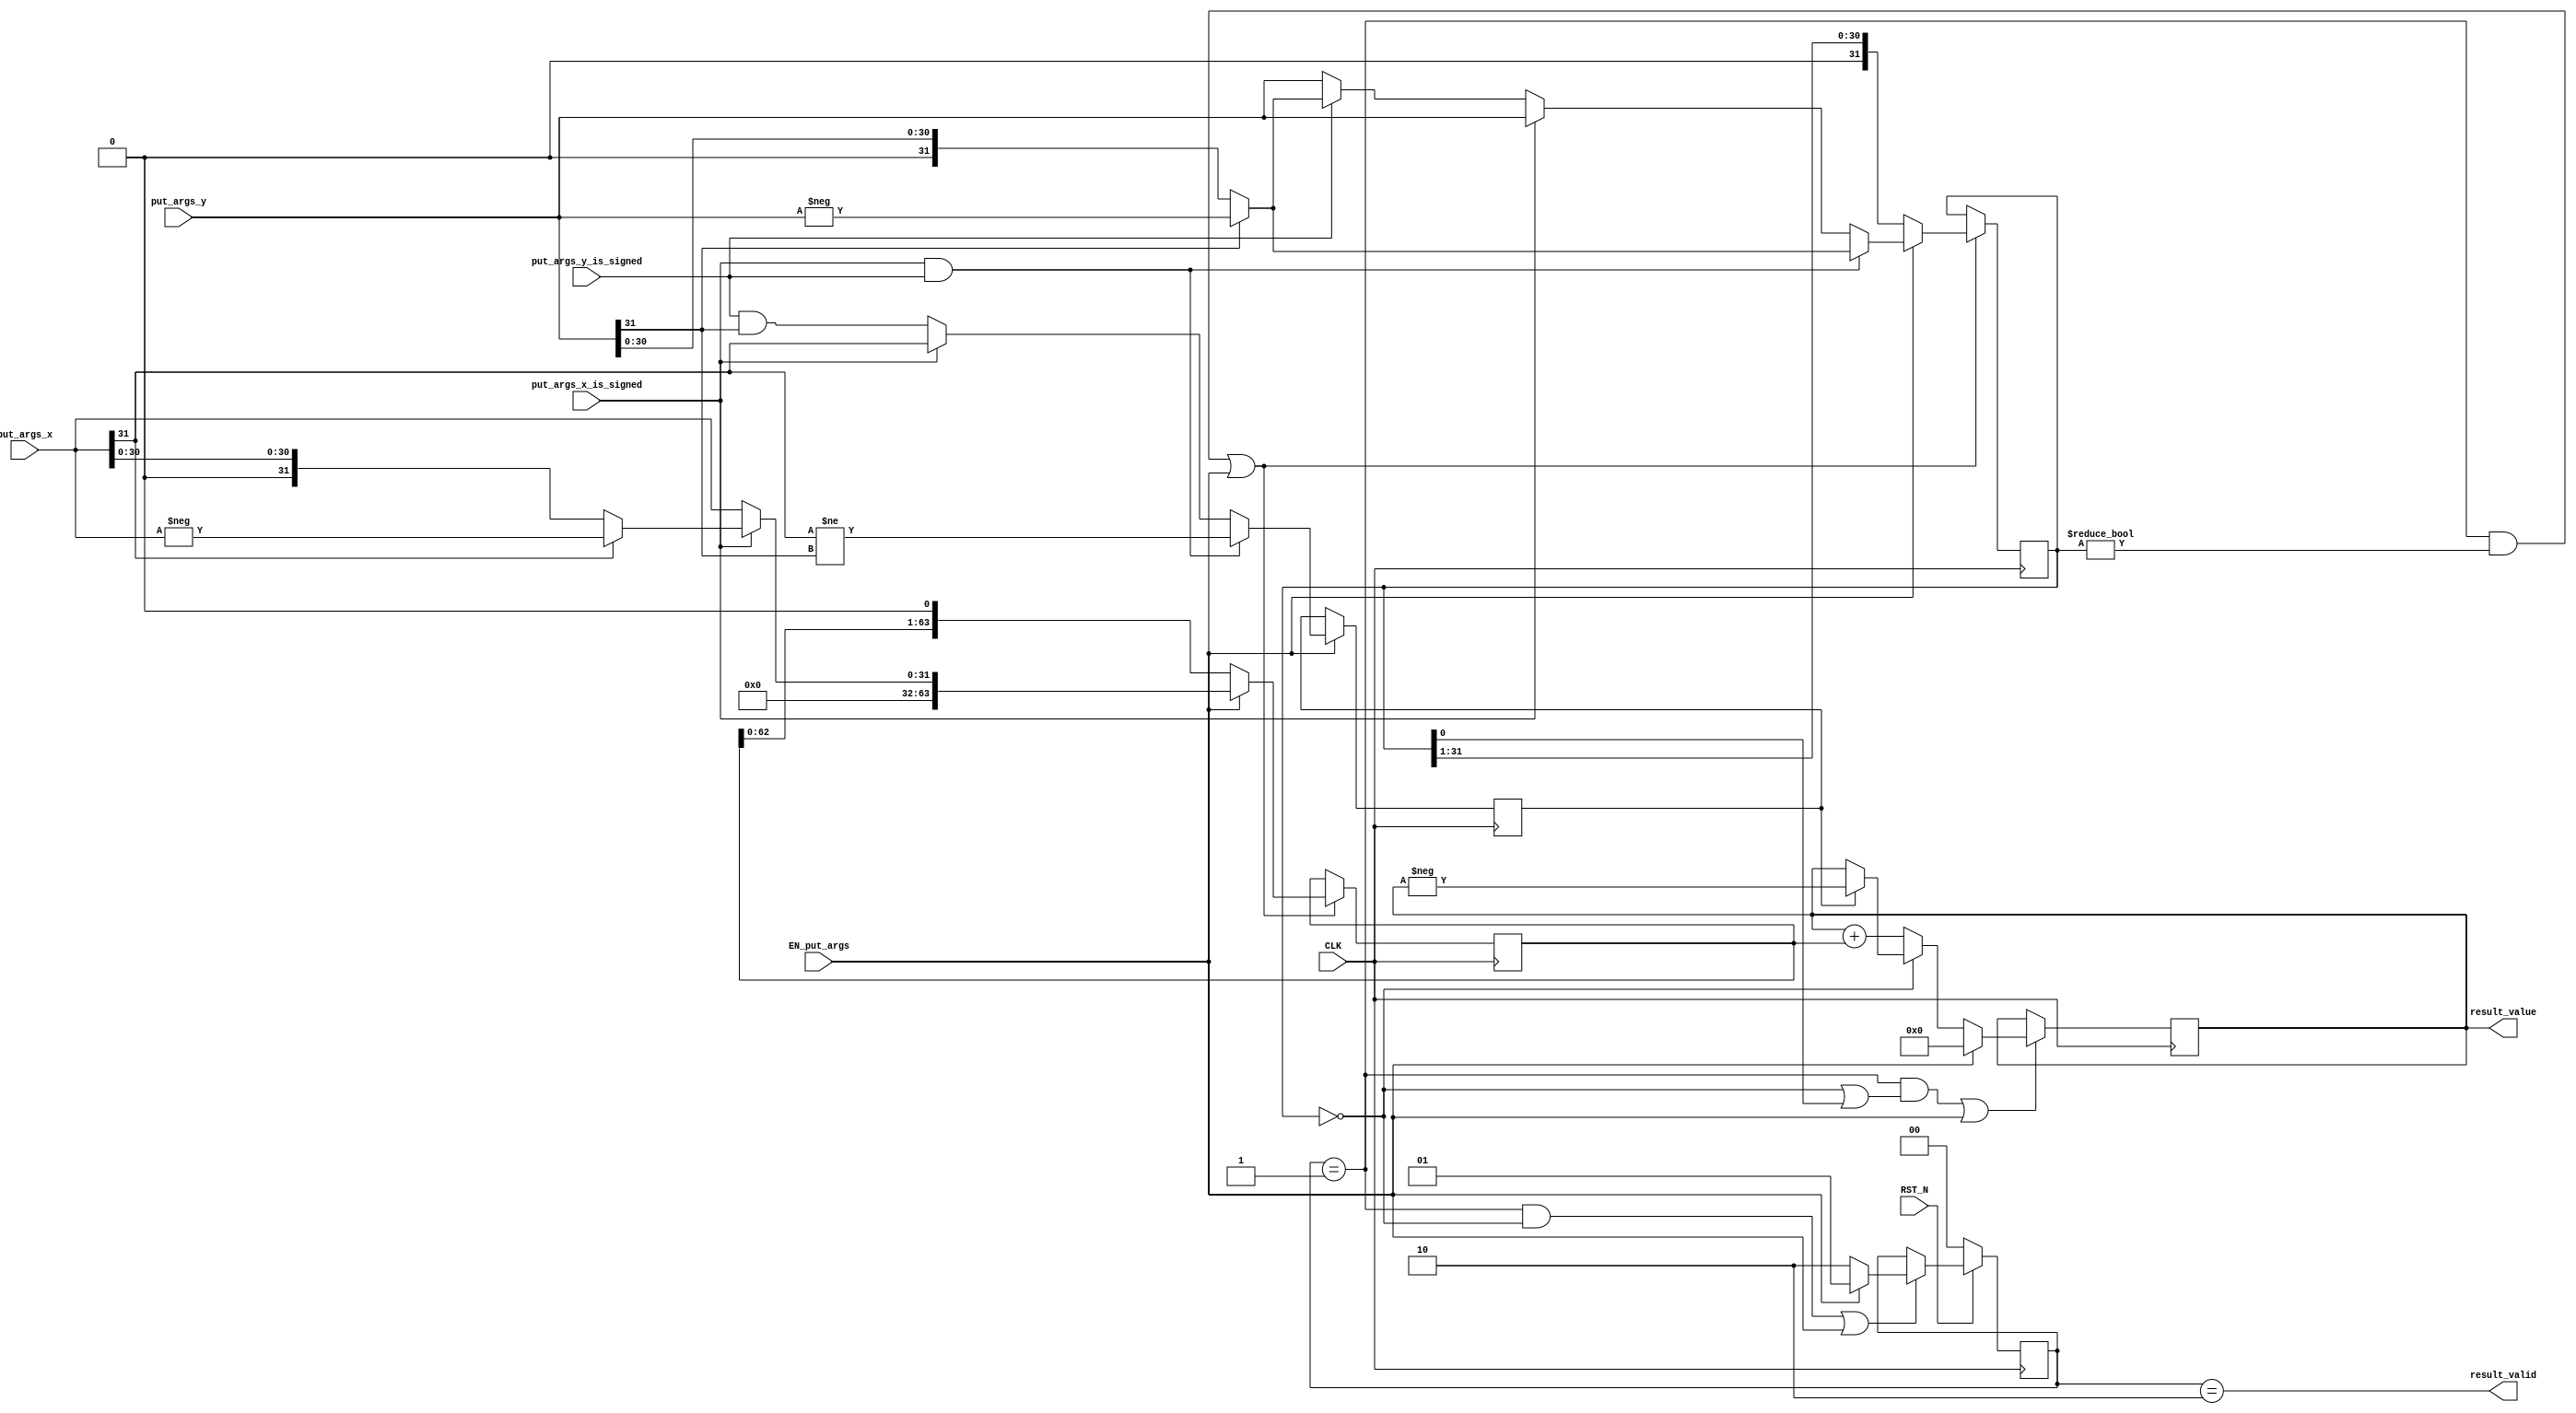
// This program was cloned from: https://github.com/bluespec/Piccolo
// License: Apache License 2.0

//
// Generated by Bluespec Compiler, version 2019.05.beta2 (build a88bf40db, 2019-05-24)
//
//
//
//
// Ports:
// Name                         I/O  size props
// result_valid                   O     1
// result_value                   O    64 reg
// CLK                            I     1 clock
// RST_N                          I     1 reset
// put_args_x_is_signed           I     1
// put_args_x                     I    32
// put_args_y_is_signed           I     1
// put_args_y                     I    32
// EN_put_args                    I     1
//
// No combinational paths from inputs to outputs
//
//

`ifdef BSV_ASSIGNMENT_DELAY
`else
  `define BSV_ASSIGNMENT_DELAY
`endif

`ifdef BSV_POSITIVE_RESET
  `define BSV_RESET_VALUE 1'b1
  `define BSV_RESET_EDGE posedge
`else
  `define BSV_RESET_VALUE 1'b0
  `define BSV_RESET_EDGE negedge
`endif

module mkIntMul_32(CLK,
		   RST_N,

		   put_args_x_is_signed,
		   put_args_x,
		   put_args_y_is_signed,
		   put_args_y,
		   EN_put_args,

		   result_valid,

		   result_value);
  input  CLK;
  input  RST_N;

  // action method put_args
  input  put_args_x_is_signed;
  input  [31 : 0] put_args_x;
  input  put_args_y_is_signed;
  input  [31 : 0] put_args_y;
  input  EN_put_args;

  // value method result_valid
  output result_valid;

  // value method result_value
  output [63 : 0] result_value;

  // signals for module outputs
  wire [63 : 0] result_value;
  wire result_valid;

  // register m_rg_isNeg
  reg m_rg_isNeg;
  wire m_rg_isNeg$D_IN, m_rg_isNeg$EN;

  // register m_rg_signed
  reg m_rg_signed;
  wire m_rg_signed$D_IN, m_rg_signed$EN;

  // register m_rg_state
  reg [1 : 0] m_rg_state;
  wire [1 : 0] m_rg_state$D_IN;
  wire m_rg_state$EN;

  // register m_rg_x
  reg [63 : 0] m_rg_x;
  wire [63 : 0] m_rg_x$D_IN;
  wire m_rg_x$EN;

  // register m_rg_xy
  reg [63 : 0] m_rg_xy;
  wire [63 : 0] m_rg_xy$D_IN;
  wire m_rg_xy$EN;

  // register m_rg_y
  reg [31 : 0] m_rg_y;
  wire [31 : 0] m_rg_y$D_IN;
  wire m_rg_y$EN;

  // rule scheduling signals
  wire CAN_FIRE_RL_m_compute,
       CAN_FIRE_put_args,
       WILL_FIRE_RL_m_compute,
       WILL_FIRE_put_args;

  // inputs to muxes for submodule ports
  wire [63 : 0] MUX_m_rg_x$write_1__VAL_1,
		MUX_m_rg_x$write_1__VAL_2,
		MUX_m_rg_xy$write_1__VAL_2;
  wire [31 : 0] MUX_m_rg_y$write_1__VAL_1, MUX_m_rg_y$write_1__VAL_2;

  // remaining internal signals
  wire [63 : 0] x__h274, x__h367, xy___1__h291;
  wire [31 : 0] _theResult___fst__h528,
		_theResult___fst__h531,
		_theResult___fst__h573,
		_theResult___fst__h576,
		_theResult___snd_fst__h568;
  wire IF_put_args_x_is_signed_THEN_put_args_x_BIT_31_ETC___d34;

  // action method put_args
  assign CAN_FIRE_put_args = 1'd1 ;
  assign WILL_FIRE_put_args = EN_put_args ;

  // value method result_valid
  assign result_valid = m_rg_state == 2'd2 ;

  // value method result_value
  assign result_value = m_rg_xy ;

  // rule RL_m_compute
  assign CAN_FIRE_RL_m_compute = m_rg_state == 2'd1 ;
  assign WILL_FIRE_RL_m_compute = CAN_FIRE_RL_m_compute ;

  // inputs to muxes for submodule ports
  assign MUX_m_rg_x$write_1__VAL_1 = { 32'd0, _theResult___fst__h528 } ;
  assign MUX_m_rg_x$write_1__VAL_2 = { m_rg_x[62:0], 1'd0 } ;
  assign MUX_m_rg_xy$write_1__VAL_2 = (m_rg_y == 32'd0) ? x__h274 : x__h367 ;
  assign MUX_m_rg_y$write_1__VAL_1 =
	     (put_args_x_is_signed && put_args_y_is_signed) ?
	       _theResult___fst__h576 :
	       _theResult___snd_fst__h568 ;
  assign MUX_m_rg_y$write_1__VAL_2 = { 1'd0, m_rg_y[31:1] } ;

  // register m_rg_isNeg
  assign m_rg_isNeg$D_IN =
	     (put_args_x_is_signed && put_args_y_is_signed) ?
	       put_args_x[31] != put_args_y[31] :
	       IF_put_args_x_is_signed_THEN_put_args_x_BIT_31_ETC___d34 ;
  assign m_rg_isNeg$EN = EN_put_args ;

  // register m_rg_signed
  assign m_rg_signed$D_IN = 1'b0 ;
  assign m_rg_signed$EN = 1'b0 ;

  // register m_rg_state
  assign m_rg_state$D_IN = EN_put_args ? 2'd1 : 2'd2 ;
  assign m_rg_state$EN =
	     WILL_FIRE_RL_m_compute && m_rg_y == 32'd0 || EN_put_args ;

  // register m_rg_x
  assign m_rg_x$D_IN =
	     EN_put_args ?
	       MUX_m_rg_x$write_1__VAL_1 :
	       MUX_m_rg_x$write_1__VAL_2 ;
  assign m_rg_x$EN =
	     WILL_FIRE_RL_m_compute && m_rg_y != 32'd0 || EN_put_args ;

  // register m_rg_xy
  assign m_rg_xy$D_IN = EN_put_args ? 64'd0 : MUX_m_rg_xy$write_1__VAL_2 ;
  assign m_rg_xy$EN =
	     WILL_FIRE_RL_m_compute && (m_rg_y == 32'd0 || m_rg_y[0]) ||
	     EN_put_args ;

  // register m_rg_y
  assign m_rg_y$D_IN =
	     EN_put_args ?
	       MUX_m_rg_y$write_1__VAL_1 :
	       MUX_m_rg_y$write_1__VAL_2 ;
  assign m_rg_y$EN =
	     WILL_FIRE_RL_m_compute && m_rg_y != 32'd0 || EN_put_args ;

  // remaining internal signals
  assign IF_put_args_x_is_signed_THEN_put_args_x_BIT_31_ETC___d34 =
	     put_args_x_is_signed ?
	       put_args_x[31] :
	       put_args_y_is_signed && put_args_y[31] ;
  assign _theResult___fst__h528 =
	     put_args_x_is_signed ? _theResult___fst__h531 : put_args_x ;
  assign _theResult___fst__h531 = put_args_x[31] ? -put_args_x : put_args_x ;
  assign _theResult___fst__h573 =
	     put_args_y_is_signed ? _theResult___fst__h576 : put_args_y ;
  assign _theResult___fst__h576 = put_args_y[31] ? -put_args_y : put_args_y ;
  assign _theResult___snd_fst__h568 =
	     put_args_x_is_signed ? put_args_y : _theResult___fst__h573 ;
  assign x__h274 = m_rg_isNeg ? xy___1__h291 : m_rg_xy ;
  assign x__h367 = m_rg_xy + m_rg_x ;
  assign xy___1__h291 = -m_rg_xy ;

  // handling of inlined registers

  always@(posedge CLK)
  begin
    if (RST_N == `BSV_RESET_VALUE)
      begin
        m_rg_state <= `BSV_ASSIGNMENT_DELAY 2'd0;
      end
    else
      begin
        if (m_rg_state$EN)
	  m_rg_state <= `BSV_ASSIGNMENT_DELAY m_rg_state$D_IN;
      end
    if (m_rg_isNeg$EN) m_rg_isNeg <= `BSV_ASSIGNMENT_DELAY m_rg_isNeg$D_IN;
    if (m_rg_signed$EN) m_rg_signed <= `BSV_ASSIGNMENT_DELAY m_rg_signed$D_IN;
    if (m_rg_x$EN) m_rg_x <= `BSV_ASSIGNMENT_DELAY m_rg_x$D_IN;
    if (m_rg_xy$EN) m_rg_xy <= `BSV_ASSIGNMENT_DELAY m_rg_xy$D_IN;
    if (m_rg_y$EN) m_rg_y <= `BSV_ASSIGNMENT_DELAY m_rg_y$D_IN;
  end

  // synopsys translate_off
  `ifdef BSV_NO_INITIAL_BLOCKS
  `else // not BSV_NO_INITIAL_BLOCKS
  initial
  begin
    m_rg_isNeg = 1'h0;
    m_rg_signed = 1'h0;
    m_rg_state = 2'h2;
    m_rg_x = 64'hAAAAAAAAAAAAAAAA;
    m_rg_xy = 64'hAAAAAAAAAAAAAAAA;
    m_rg_y = 32'hAAAAAAAA;
  end
  `endif // BSV_NO_INITIAL_BLOCKS
  // synopsys translate_on
endmodule  // mkIntMul_32